Civil Veterinary Department Bihar & Orissa reports 1929-36 - 1929-1936
Year: 1929
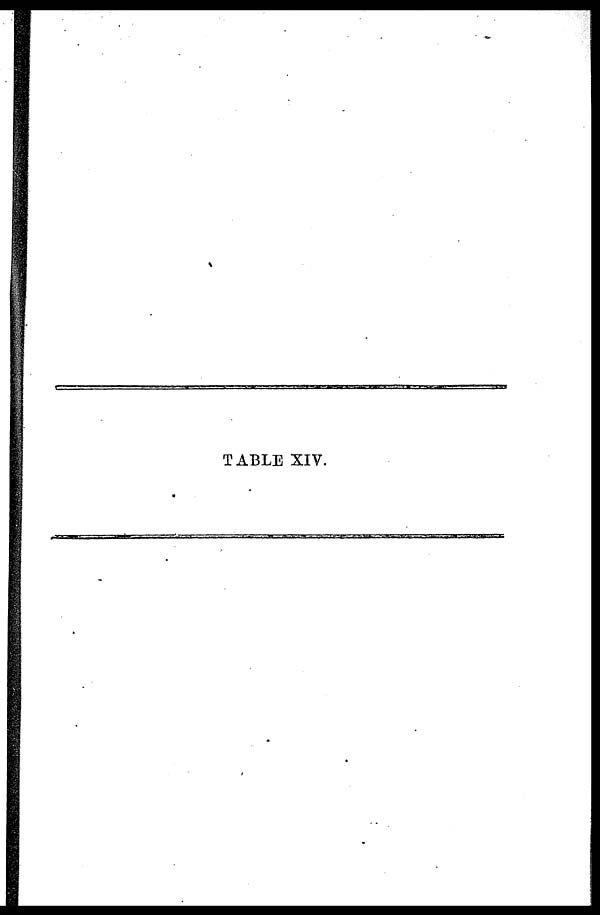
TABLE XIV.